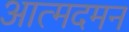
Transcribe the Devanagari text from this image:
आत्मदमन